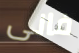
فانى